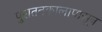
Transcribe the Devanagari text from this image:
पुरातनकालापासून